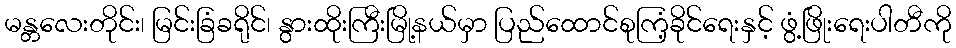
မန္တလေးတိုင်း၊ မြင်းခြံခရိုင်၊ နွားထိုးကြီးမြို့နယ်မှာ ပြည်ထောင်စုကြံ့ခိုင်ရေးနှင့် ဖွံ့ဖြိုးရေးပါတီကို